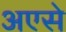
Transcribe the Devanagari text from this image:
अएसे